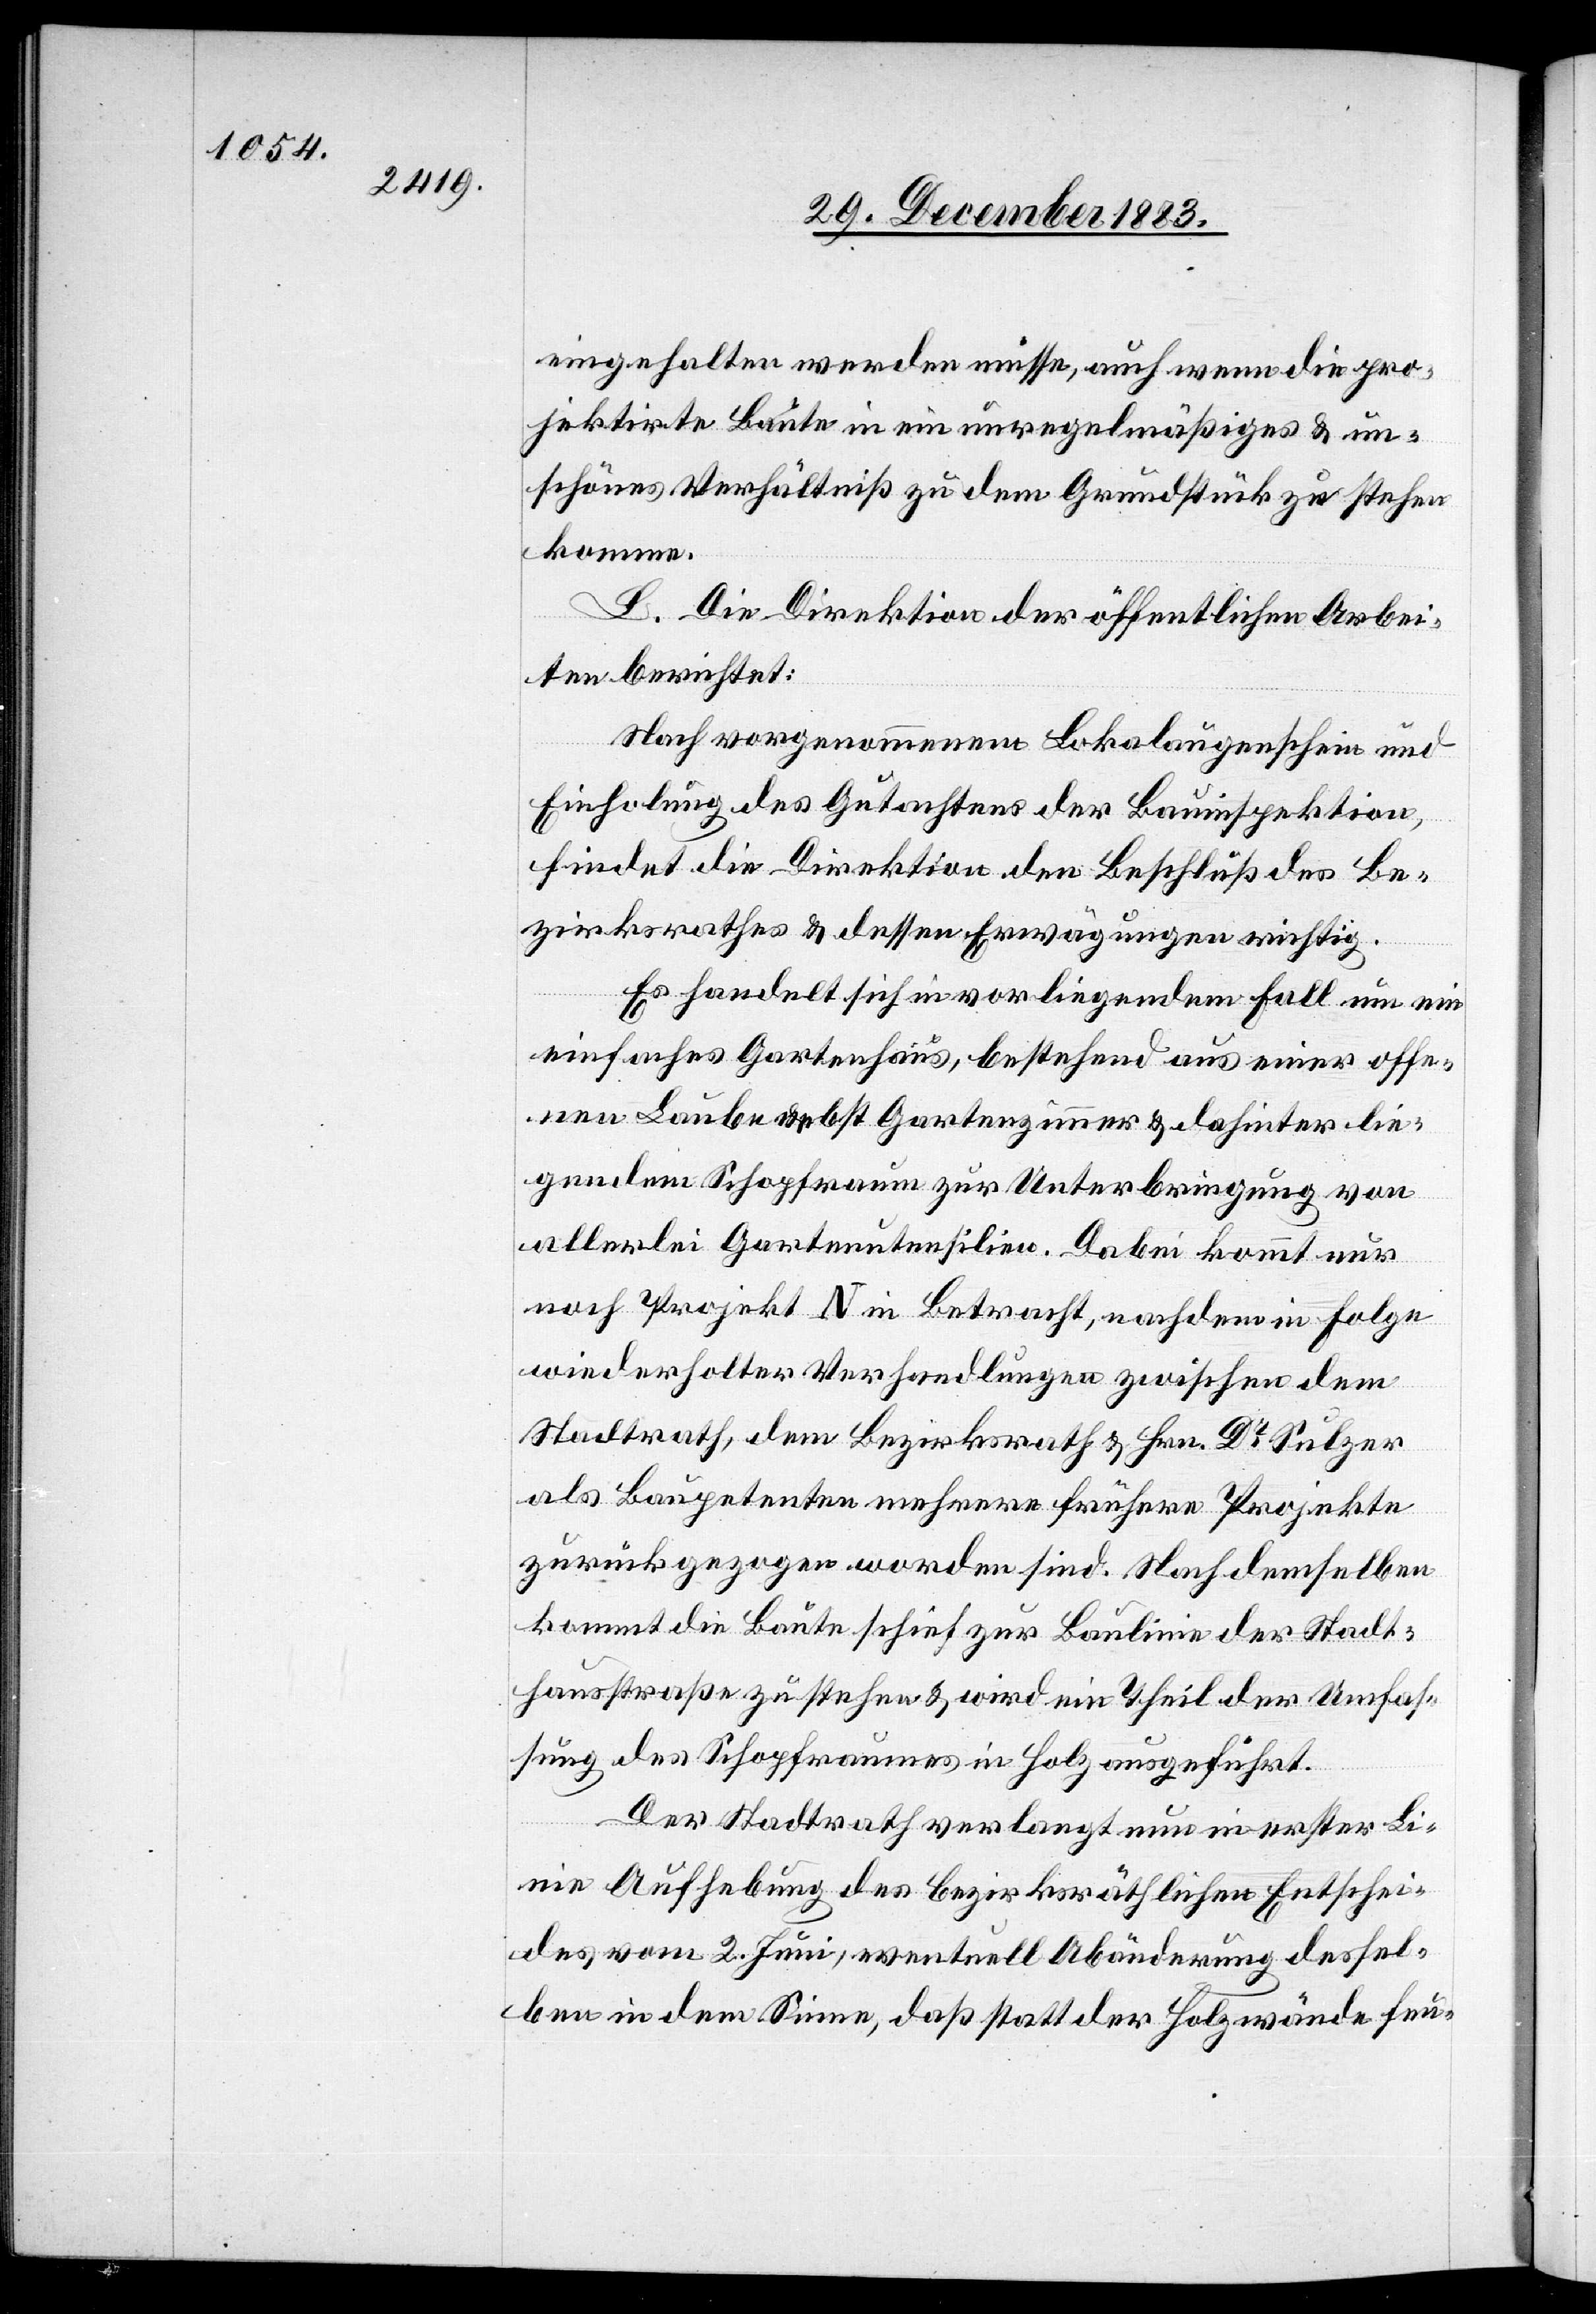
eingehalten werden müsse, auch wenn die pro¬
jektirte Baute in ein unregelmäßiges & un¬
schönes Verhältniß zu dem Grundstück zu stehen
komme.
L. Die Direktion der öffentlichen Arbei¬
ten berichtet:
Nach vorgenommenem Lokalaugenschein und
Einholung des Gutachtens der Bauinspektion,
findet die Direktion den Beschluß des Be¬
zirksrathes & dessen Erwägungen richtig.
Es handelt sich in vorliegendem Fall um ein
einfaches Gartenhaus, bestehend aus einer offe¬
nen Laube nebst Gartenzimmer & dahinter lie¬
gendem Schopfraum zur Unterbringung von
allerlei Gartenutensilien. Dabei kommt nur
noch Projekt N in Betracht, nachdem in Folge
wiederholter Verhandlungen zwischen dem
Stadtrath, dem Bezirksrath & Hrn. Dr Sulzer
als Baupetenten mehrere frühere Projekte
zurückgezogen worden sind. Nach denselben
kommt die Baute schief zur Baulinie der Stadt¬
hausstraße zu stehen & wird ein Theil der Umfas¬
sung des Schopfraumes in Holz ausgeführt.
Der Stadtrath verlangt nun in erster Li¬
nie Aufhebung des bezirksräthlichen Entschei¬
des vom 2. Juni, eventuell Abänderung dessel¬
ben in dem Sinne, daß statt der Holzwände feu-